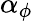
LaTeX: \alpha_{\phi}